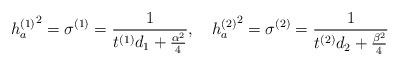
LaTeX: \begin{align*}{h_a^{(1)}}^2=\sigma^{(1)}={1\over t^{(1)}d_1+{\alpha^2\over4}} ,~~~{h_a^{(2)}}^2=\sigma^{(2)}={1\over t^{(2)}d_2+{\beta^2\over4}}\end{align*}